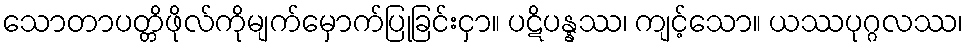
သောတာပတ္တိဖိုလ်ကိုမျက်မှောက်ပြုခြင်းငှာ။ ပဋိပန္နဿ၊ ကျင့်သော။ ယဿပုဂ္ဂလဿ၊